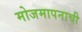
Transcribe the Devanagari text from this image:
मोजमापनाची